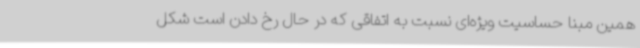
همین مبنا حساسیت ویژه‌ای نسبت به اتفاقی که در حال رخ دادن است شکل